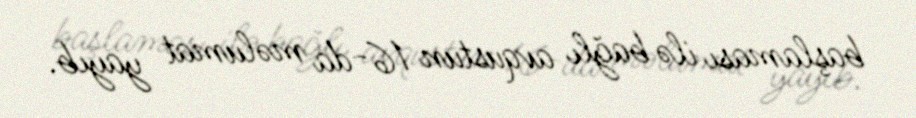
başlaması ilə bağlı avqustun 16-da məlumat yayıb.